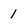
Character: 1